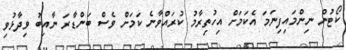
ކޯޓުން ނިންމައިފިނަމަ އެކަމަށް އިހުތިރާމު ކުރައްވާނެ ކަމަށް ވެސް ބަންޑާރަ ނާއިބު ވިދާޅުވި